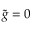
\tilde { g } = 0